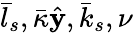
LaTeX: \bar{l}_{s},\bar{\kappa}\hat{\mathbf y},\bar{k}_{s},\nu